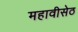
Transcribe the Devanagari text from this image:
महावीसेठ